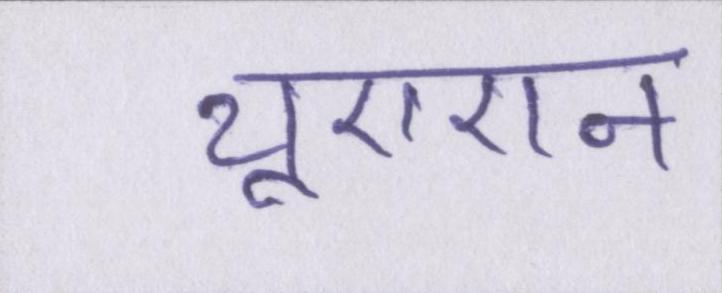
यूएएन